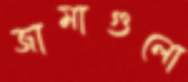
জামাগুলো